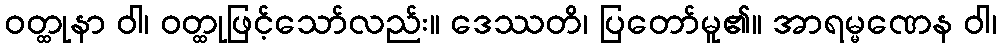
ဝတ္ထုနာ ဝါ၊ ဝတ္ထုဖြင့်သော်လည်း။ ဒေဿတိ၊ ပြတော်မူ၏။ အာရမ္မဏေန ဝါ၊